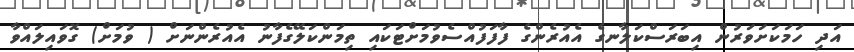
އަދި ހަމަކަށަވަރުން އިބަރަސްކަލާނގެ އެއުރެންގެ ފާފަފުއްސެވުމަށްޓަކައި ތިމަންކަލޭގެފާނު އެއުރެންނަށް ( ވުމަށް) ގޮވައިލައްވާ